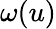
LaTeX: \omega(u)